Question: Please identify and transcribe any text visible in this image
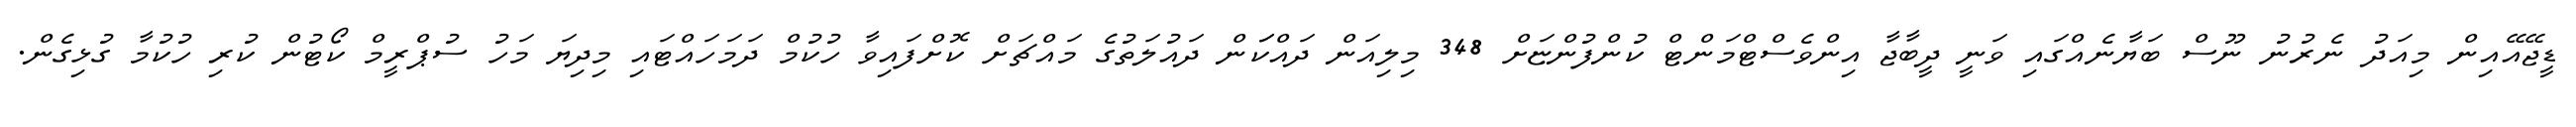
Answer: ޑީޖޭއޭއިން މިއަދު ނެރުނު ނޫސް ބަޔާނެއްގައި ވަނީ ދީބާޖާ އިންވެސްޓްމަންޓް ކުންފުންޏަށް 348 މިލިއަން ދައްކަަން ދައުލަތުގެ މައްޗަށް ކޮށްފައިވާ ހުކުމް ދަމަހައްޓައި މިދިޔަ މަހު ސުޕްރީމް ކޯޓުން ކުރި ހުކުމާ ގުޅިގެން.